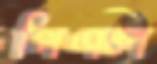
পিএল